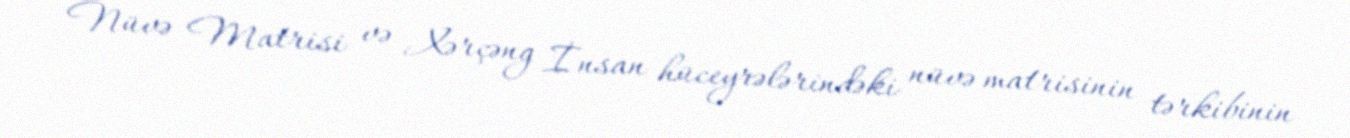
Nüvə Matrisi və Xərçəng İnsan hüceyrələrindəki nüvə matrisinin tərkibinin